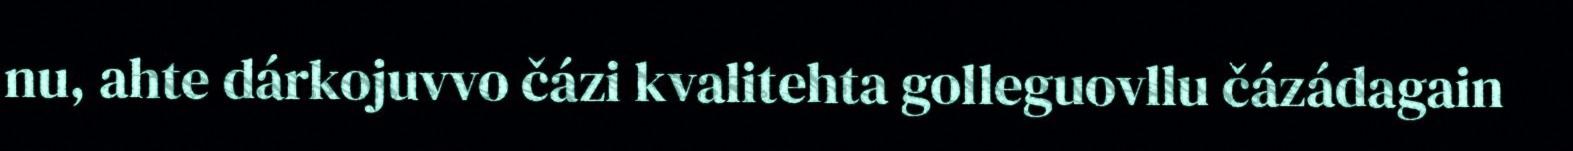
nu, ahte dárkojuvvo čázi kvalitehta golleguovllu čázádagain